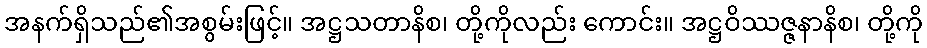
အနက်ရှိသည်၏အစွမ်းဖြင့်။ အဋ္ဌသတာနိစ၊ တို့ကိုလည်း ကောင်း။ အဋ္ဌဝိဿဇ္ဇနာနိစ၊ တို့ကို